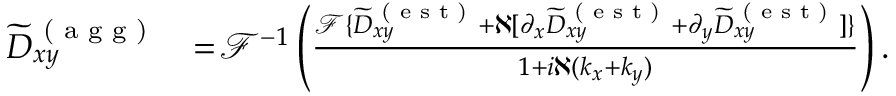
\begin{array} { r l } { \widetilde { D } _ { x y } ^ { \textrm { ( a g g ) } } } & { = \! \mathcal { F } ^ { - 1 } \left( \frac { \mathcal { F } \{ \widetilde { D } _ { x y } ^ { \textrm { ( e s t ) } } + \aleph [ \partial _ { x } \widetilde { D } _ { x y } ^ { \textrm { ( e s t ) } } + \partial _ { y } \widetilde { D } _ { x y } ^ { \textrm { ( e s t ) } } ] \} } { 1 + i \aleph ( k _ { x } + k _ { y } ) } \right) . } \end{array}